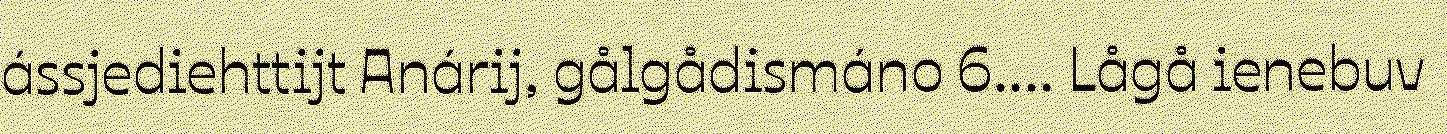
ássjediehttijt Anárij, gålgådismáno 6.... Lågå ienebuv